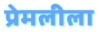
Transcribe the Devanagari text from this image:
प्रेमलीला